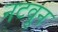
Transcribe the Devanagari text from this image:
नटवून